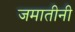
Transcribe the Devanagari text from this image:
जमातीनी